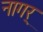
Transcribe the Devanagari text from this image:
नागर्